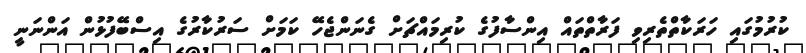
ކުރުމުގައި ހަރަކާތްތެރިވި ފަރާތްތައް އިންސާފުގެ ކުރިމައްޗަށް ގެނަންޖެހޭ ކަމަށް ސަރުކާރުގެ އިސްބޭފުޅުން އަންނަނީ